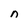
Character: n